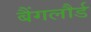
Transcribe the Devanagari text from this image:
बैंगलौर्ड